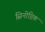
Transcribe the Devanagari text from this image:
सिनोप्टिक